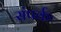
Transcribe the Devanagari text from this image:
संपर्कः